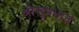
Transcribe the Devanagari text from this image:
श्रीसुप्रभातं